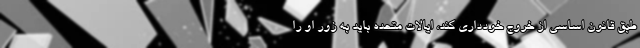
طبق قانون اساسی از خروج خودداری کند، ایالات متحده باید به زور او را